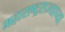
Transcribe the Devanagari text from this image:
महाराष्ट्रराज्याच्या